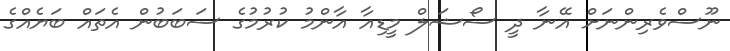
ނޫސްވެރިންނަށް އޭނާ ދީ ސޯޝަލް މީޑިއާ އާންމު ކުރުމުގެ ސަބަބުން އެތައް ބަޔެއްގެ